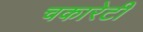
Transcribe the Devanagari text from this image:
चकारेटी